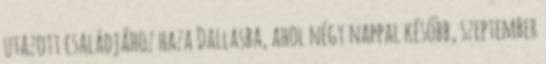
utazott családjához haza Dallasba, ahol négy nappal később, szeptember